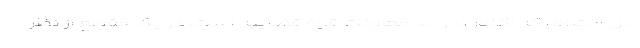
حل اختلاف که اکنون در حد معاونت قوه قضاییه است، در یک مقطع از نظر